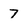
Character: 7